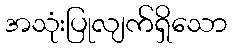
အသုံးပြုလျက်ရှိသော